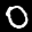
Label: 0